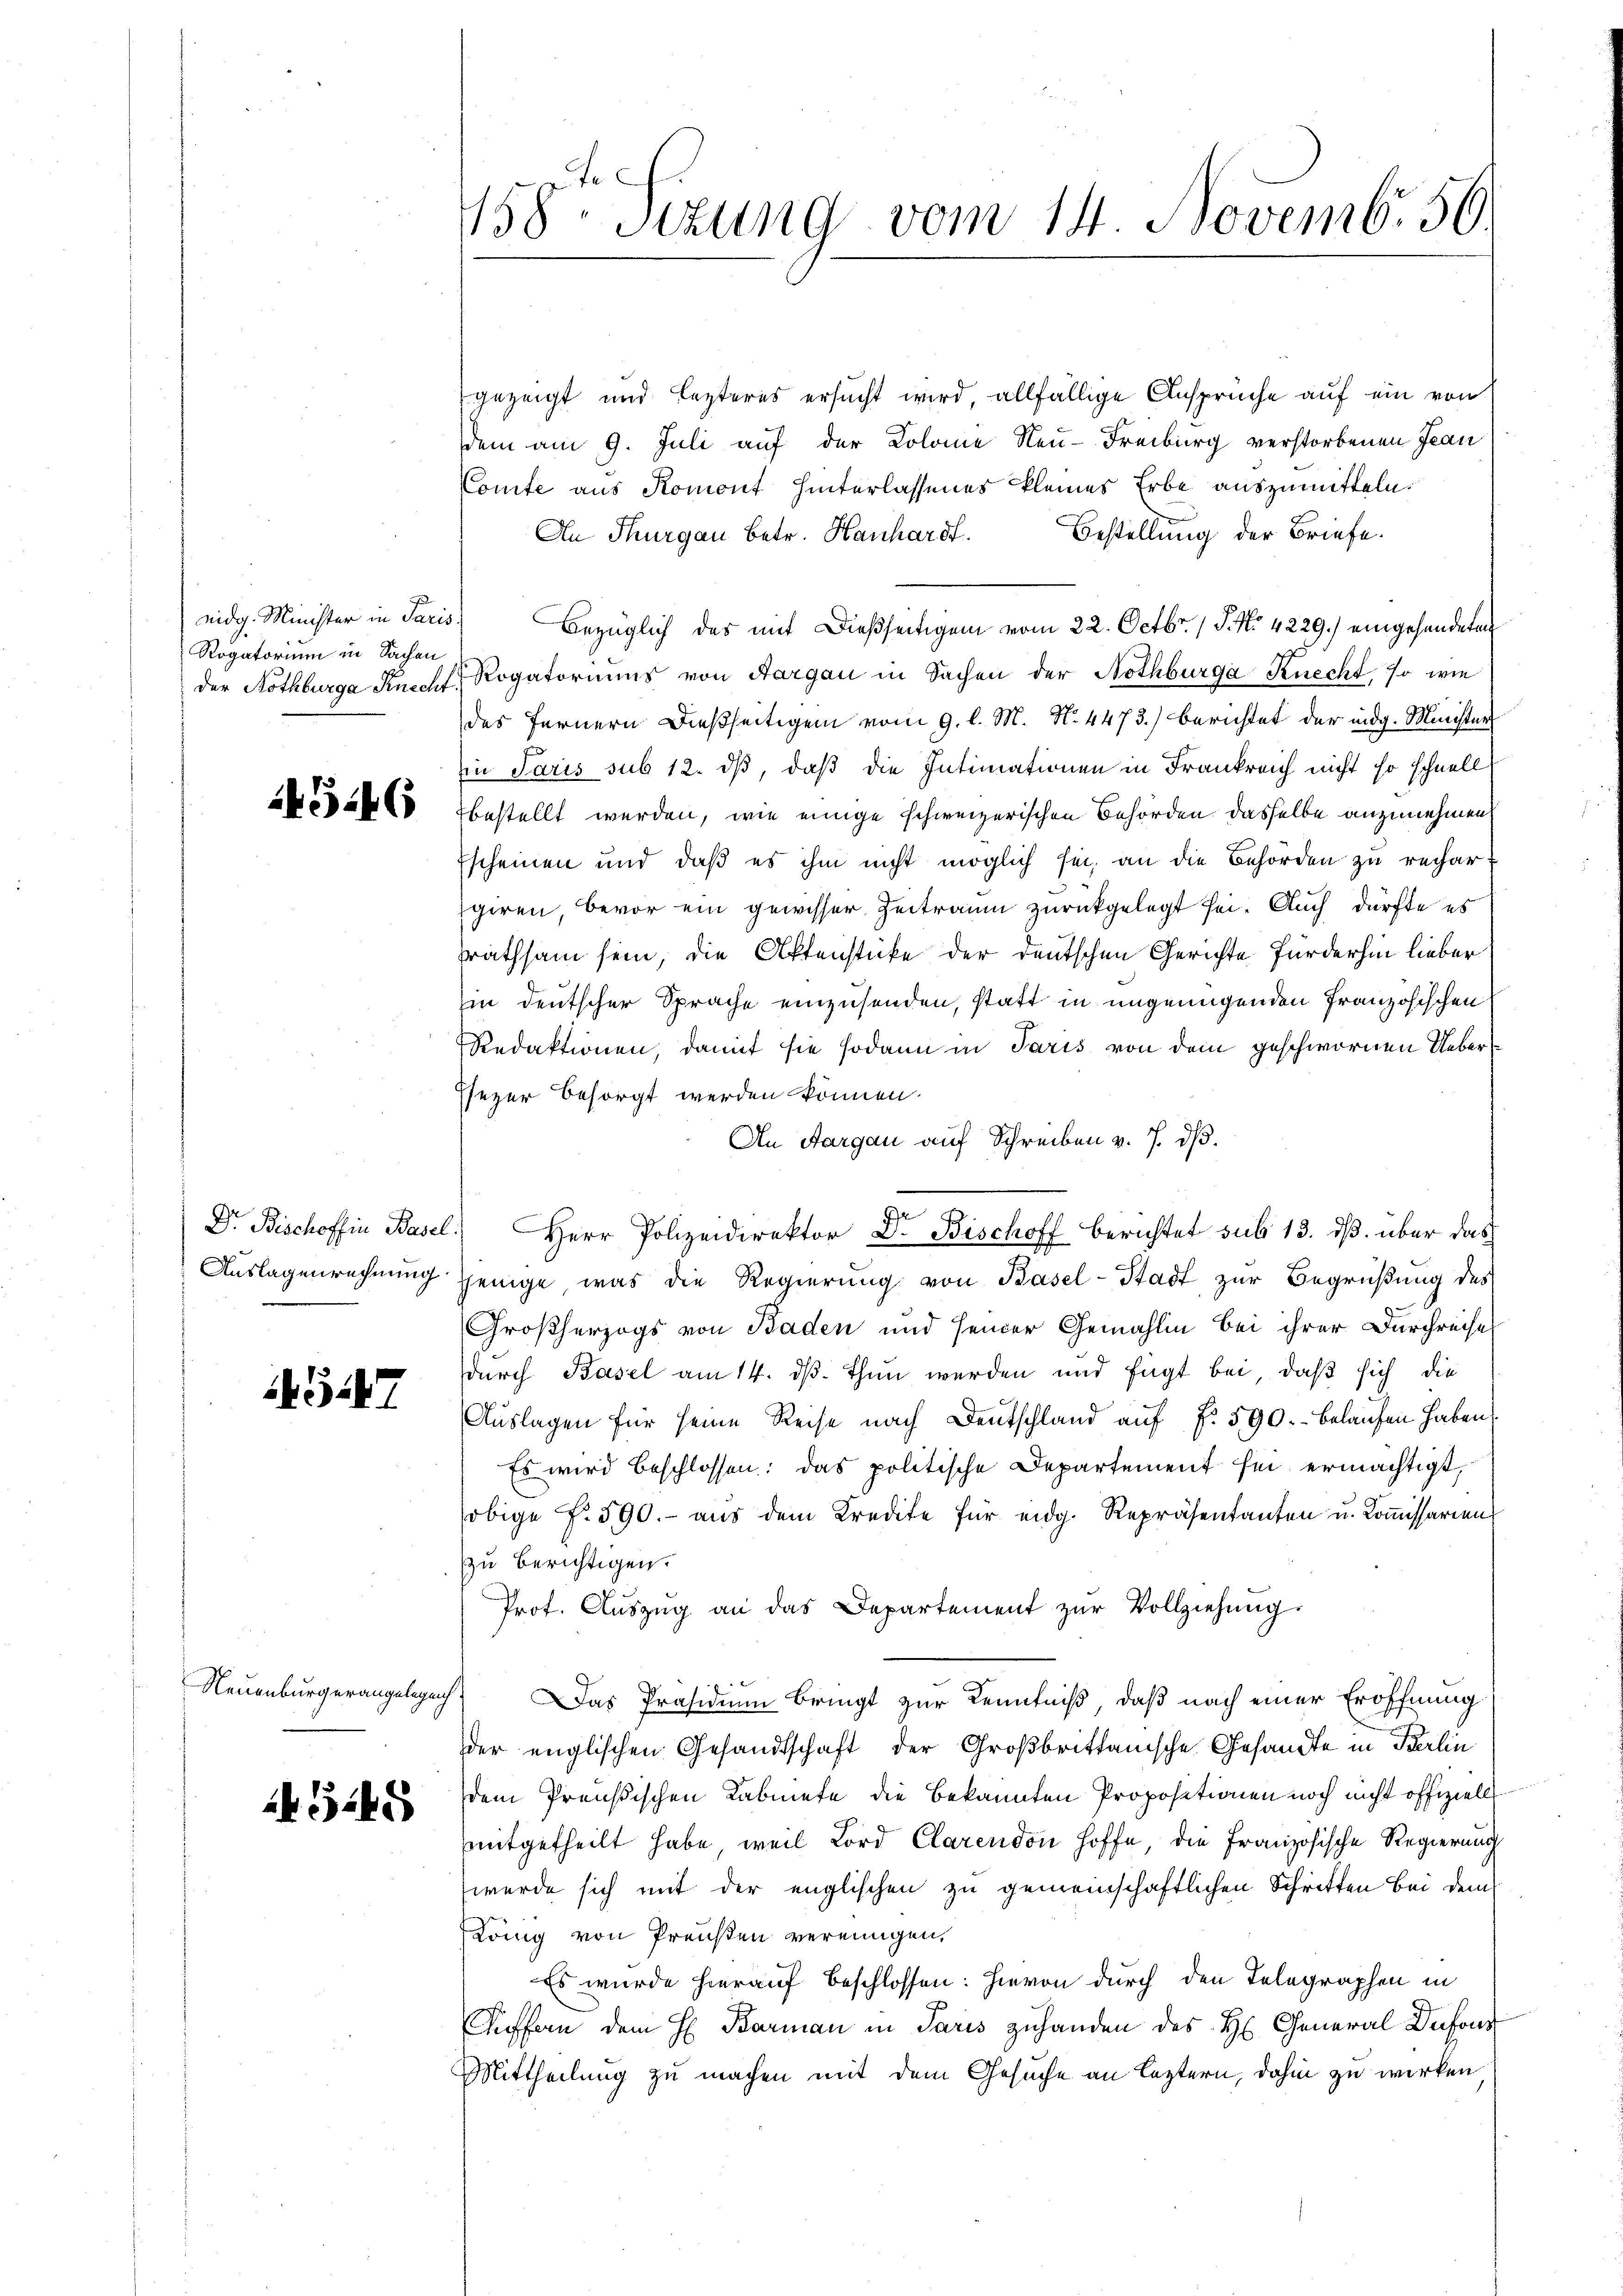
Rogatorium in Sachen

3:46

Dr. Bischoff in Basel
Auslagenrechnung

5

Neuenburgerangelegenh

G.45

158te Sezung vom 14. Novemb. 50.

gezeigt und lezteres ersucht wird, allfällige Ansprüche auf ein von
dem am 9. Juli auf der Kolome Neu-Freiburg verstorbenen Jean
Comte aus Romont hinterlassenes kleines Erbe auszumitteln.
Bestellung der Briefe.
An Thurgau betr. Hanhardt.
eidg. Minister in Paris Bezüglich des mit dießseitigen vom 22. Octbr. 15. No. 4229.) eingehandeten
der Nothburge Knecht, Rogatoriums von Aargau in Sachen der Nothbürga Knecht, so wie
des Fernern dießseitigen vom 9. l. M. N. 4473.) berichtet der indig. Minister
in Paris sub 12. dß, daß die Intimationen in Frankreich nicht so schnell
bestellt werden, wie einige schweizerischen Behörden dasselbe anzunehmen
Escheinen und daß es ihm nicht möglich sei, an die Behörden zu rechart
giren, bevor ein gewisser Zeitraum zurückgelegt sei. Auch dürfte es
srathsam sein, die Aktenstücke der deutschen Gerichte fürderhin lieber
in deutscher Sprache einzusenden, statt in ungenügenden Französischen
Redaktionen, damit sie sodann in Paris von dem geschwornen Ueber¬
Ehezer besorgt werden können.
An Aargau auf Schreiben v. 7. dß.
l.) Herr Polizeidirektor Dr. Bischoff berichtet sub 13. ds. über das
jjenige, was die Regierung von Basel-Stadt zur Begrüßung des
Großherzogs von Baden und seiner Gemahlin bei ihrer Durchreise
durch Basel am 14. dß. Thun werden und fügt bei, daß sich die
Auslagen für seine Reise nach Deutschland auf §. 590. - Belaufen haben
Es wird beschlossen: das politische Departement sei ermächtigt,
obige No. 590. - aus dem Kredite für eidg. Repräsentanten u. Kommissarien
zu berichtigen.
Prof. Aŭszŭg an das Departement zŭr Vollziehung.
Das Präsidium bringt zur Kenntniß, daß nach einer Eröffnung
der englischen Gesandtschaft der Großbrittanische Gesandte in Berlin
dem Preußischen Kabinete die bekannten Propositionen noch nicht offiziell
mitgetheilt habe, weil Lord Clarendon hoffe, die Französische Regierung
werde sich mit der englischen zu gemeinschaftlichen Schritten bei dem
König von Preisen vereinigen,
Es wurde hierauf beschlossen: hievon durch den Telegraphen in
Kuffern dem H. Barman in Paris zuhanden des H. General Defons
Mittheilung zu machen mit dem Gesuche an leztern, dahin zu wirken